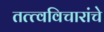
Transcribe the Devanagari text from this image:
तत्त्वविचारांचे